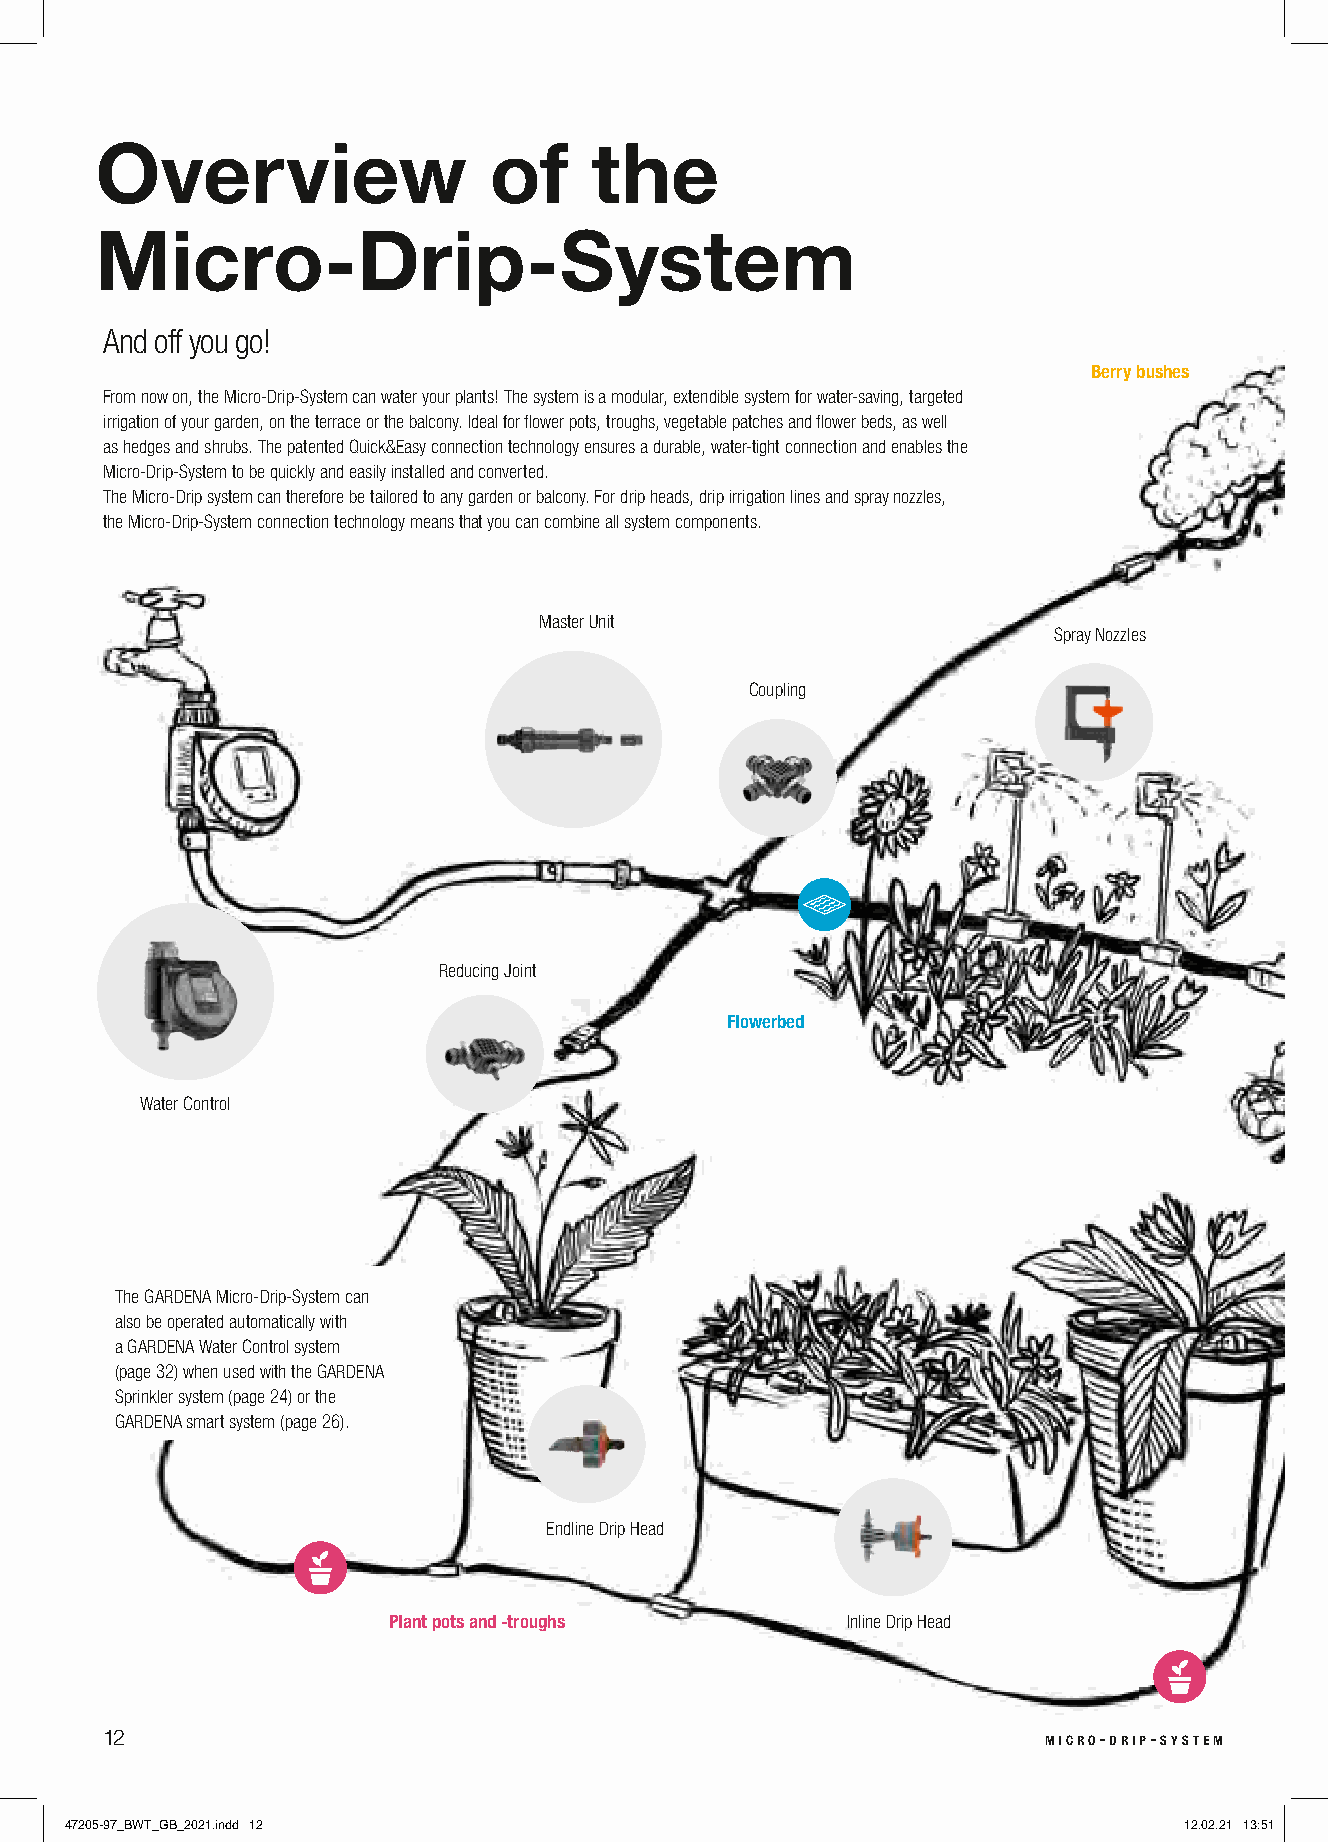
Overview                  of     the
 Micro-Drip-System
 And off you go!
 Berry bushes
 From now on, the Micro-Drip-System can water your plants! The system is a modular, extendible system for water-saving, targeted
 irrigation of your garden, on the terrace or the balcony. Ideal for flower pots, troughs, vegetable patches and flower beds, as well
 as hedges and shrubs. The patented Quick&Easy connection technology ensures a durable, water-tight connection and enables the
 Micro-Drip-System to be quickly and easily installed and converted.
 The Micro-Drip system can therefore be tailored to any garden or balcony. For drip heads, drip irrigation lines and spray nozzles,
 the Micro-Drip-System connection technology means that you can combine all system components.
 Master Unit
 Spray Nozzles
 Coupling
 Reducing Joint
 Flowerbed
 Water Control
 The GARDENA Micro-Drip-System can
 also be operated automatically with
 a GARDENA Water Control system
 (page 32) when used with the GARDENA
 Sprinkler system (page 24) or the
 GARDENA smart system (page 26).
 Endline Drip Head
 Plant pots and -troughs       Inline Drip Head
 12                                                            micro-drip-system
 47205-97_BWT_GB_2021.indd 12                                              12.02.21 13:51